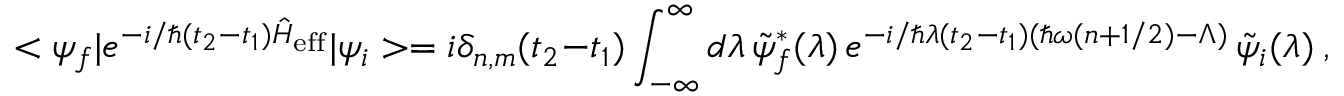
< \psi _ { f } | e ^ { - i / \hbar ( t _ { 2 } - t _ { 1 } ) \hat { H } _ { \mathrm { e f f } } } | \psi _ { i } > = i \delta _ { n , m } ( t _ { 2 } - t _ { 1 } ) \int _ { - \infty } ^ { \infty } d \lambda \, \tilde { \psi } _ { f } ^ { * } ( \lambda ) \, e ^ { - i / \hbar \lambda ( t _ { 2 } - t _ { 1 } ) ( \hbar \omega ( n + 1 / 2 ) - \Lambda ) } \, \tilde { \psi } _ { i } ( \lambda ) \ ,